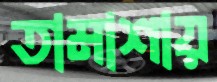
তামাশায়